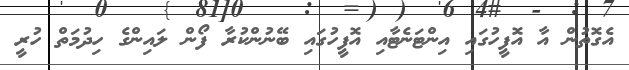
އެގޮތުން އާ އޮފީހުގައި އިންޓަނެޓާއި އޮފީހުގައި ބޭނުންކުރާ ފޯން ލައިންގެ ހިދުމަތް ހުރީ